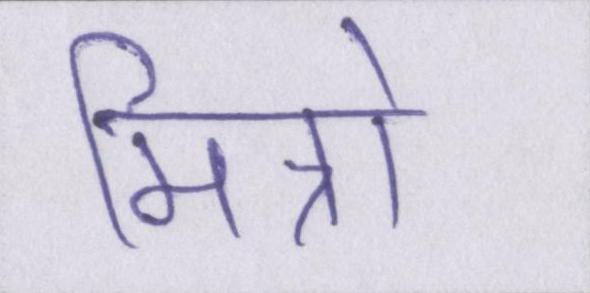
मित्रो